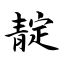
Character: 靛